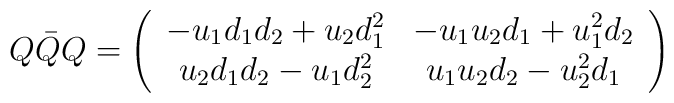
Q\bar{Q} Q= \left( \begin{array}{cc} -u_1d_1d_2+u_2 d_1^2 & -u_1u_2d_1 + u_1^2 d_2  \\u_2d_1d_2 -u_1d_2^2  & u_1u_2d_2 - u_2^2 d_1 \end{array} \right)